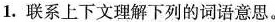
1.联系上下文理解下列的词语意思。